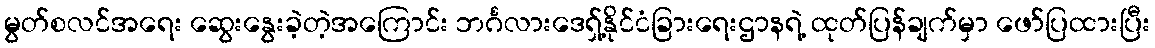
မွတ်စလင်အရေး ဆွေးနွေးခဲ့တဲ့အကြောင်း ဘင်္ဂလားဒေရှ့်နိုင်ငံခြားရေးဌာနရဲ့ ထုတ်ပြန်ချက်မှာ ဖော်ပြထားပြီး